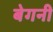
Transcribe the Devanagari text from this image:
बेगनी